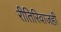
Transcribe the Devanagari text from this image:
रीतिरिवाजही